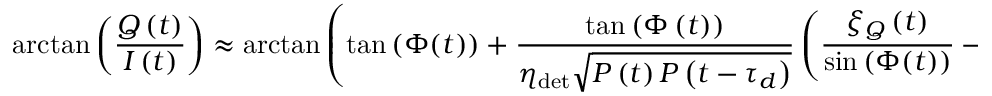
\arctan \left( \frac { Q \left( t \right) } { I \left( t \right) } \right) \approx \arctan \left( \tan { \left( \Phi ( t ) \right) } + \frac { \tan { \left( \Phi \left( t \right) \right) } } { \eta _ { \mathrm { d e t } } \sqrt { P \left( t \right) P \left( t - \tau _ { d } \right) } } \left( \frac { \xi _ { Q } \left( t \right) } { \sin { \left( \Phi ( t ) \right) } } - \frac { \xi _ { I } \left( t \right) } { \cos { \left( \Phi ( t ) \right) } } \right) \right)